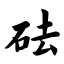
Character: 砝